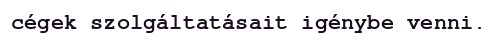
cégek szolgáltatásait igénybe venni.